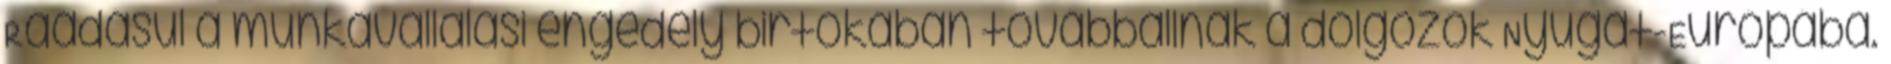
Ráadásul a munkavállalási engedély birtokában továbbállnak a dolgozók Nyugat-Európába.